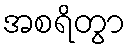
အစရိတွာ